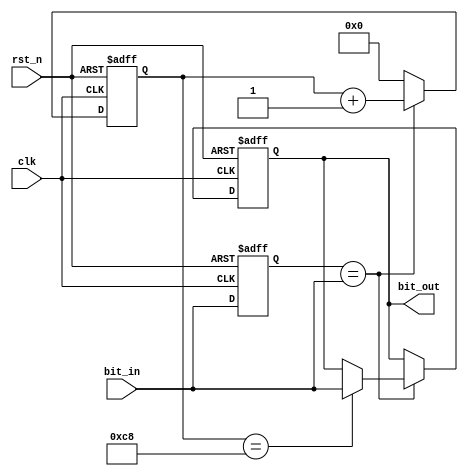
module overcurrent_filter(clk,rst_n,bit_in,bit_out);
input clk,rst_n,bit_in;
output bit_out;
reg bit_out;
reg buffer; 
reg [9:0]counter; 
always@(posedge clk or negedge rst_n)
begin
if(rst_n==1'b0)
	begin
		bit_out<=1'b0; 
		buffer<=1'b0; 
		counter<=10'd0; 
	end
else
	begin
			if(buffer==bit_in)
				begin
				counter<=counter+1'b1; 
				if(counter==10'd200)
					begin
					bit_out<=bit_in; 		
					end
				else
					begin
					bit_out<=bit_out; 				
					end			
				end
			else
				begin
				counter<=10'd0; 
				end
			buffer<=bit_in; 
	end
end//always
endmodule